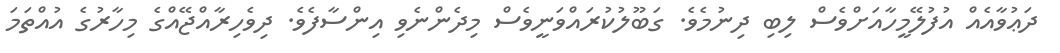
ދަޢުވާއެއް އުފުލޭމީހާއަށްވެސް ލިބި ދިނުމެވެ. ގަބޫލުކުރައްވަނީވެސް މިދެންނެވި އިންސާފެވެ. ދިވެހިރާއްޖޭއްގެ މިހާރުގެ އުއްތަމަ